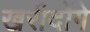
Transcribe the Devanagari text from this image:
खरीदोंगे